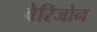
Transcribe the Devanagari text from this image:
वेरिजोन